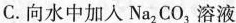
C.向水中加入Na_{2}CO_{3}溶液